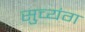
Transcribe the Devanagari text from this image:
सुच्यंग